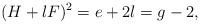
LaTeX: \begin{align*} (H+lF)^2 = e+2l=g-2,\end{align*}